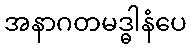
အနာဂတမဒ္ဓါနံပေ